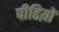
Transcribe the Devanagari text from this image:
पीढिय़ों